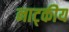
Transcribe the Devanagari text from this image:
नाट्कीय